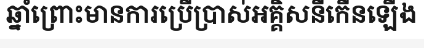
ឆ្នាំព្រោះមានការប្រើប្រាស់អគ្គិសនីកើនឡើង